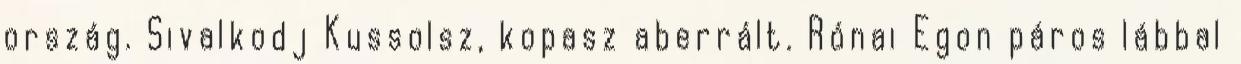
ország. Sivalkodj Kussolsz, kopasz aberrált. Rónai Egon páros lábbal